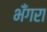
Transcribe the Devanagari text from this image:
भँगरा